Civil Veterinary Department. United Provinces 1912-22 - 1912-1922
Year: 1912
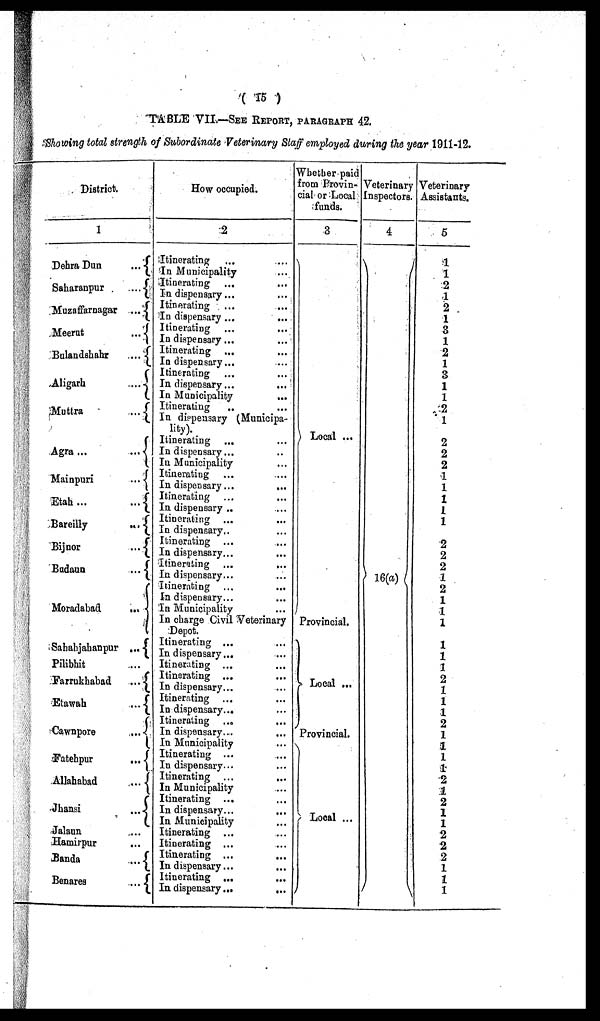
(15)
TABLE VII.—SEE REPORT, PARAGRAPH 42.
Showing total strength of Subordinate Veterinary Staff employed during the year 1911-12.
District.
1
Dehra Dun
...
Saharanpur
...
Muzaffarnagar ...
Meerut
...
Bulandshahr
....
Aligarh
...
Muttra
...
Agra...
...
Mainpuri
...
Etah ...
...
Bareilly
...
Bijnor ...
Badaun
...
Moradabad
...
Sahahjahanpur ...
Pilibhit ...
Farrukhabad
...
Etawah
...
Cawnpore
...
Fatehpur
...
Allahabad
...
Jhansi
...
Jalaun ...
Hamirpur ...
Banda
...
Benares
...
How occupied.
2
Itinerating ... ...
In Municipality ...
Itinerating ... ...
In dispensary... ...
Itinerating
...
...
In dispensary ...
...
Itinerating... ...
In dispensary... ...
Itinerating... ...
In dispensary... ...
Itinerating
...
...
In dispensary... ...
In Municipality
...
Itinerating
..
...
In dispensary (Municipa-
lity).
Itinerating ... ...
In dispensary... ..
In Municipality ...
Itinerating ... ...
In dispensary... ...
Itinerating ... ...
In dispensary .. ...
Itinerating ... ...
In dispensary.. ...
Itinerating ... ...
In dispensary... ...
Itinerating ...
...
In dispensary... ...
Itinerating ... ...
In dispensary... ...
In Municipality ...
In charge Civil Veterinary
Depot.
Itinerating ... ...
In dispensary... ...
Itinerating ... ...
Itinerating ... ...
In dispensary... ...
Itinerating... ...
In dispensary... ...
Itinerating ... ...
In dispensary... ...
In Municipality ...
Itinerating ... ...
In dispensary... ...
Itinerating ... ...
In Municipality ...
Itinerating ...
In dispensary... ...
In Municipality ...
Itinerating ... ...
Itinerating ... ...
Itinerating ... ...
In dispensary... ...
Itinerating ... ...
In dispensary...
...
Whether paid
from Provin-
cial or Local
funds.
3
Local ...
Provincial.
Local ...
Provincial.
Local ...
Veterinary
Inspectors.
4
16(a)
Veterinary
Assistants.
5
1
1
2
1
2
1
3
1
2
1
3
1
1
2
1
2
2
2
1
1
1
1
1
2
2
2
1
2
1
1
1
1
1
1
2
1
1
1
2
1
1
1
1
2
1
2
1
1
2
2
2
1
1
1